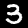
Digit: 3